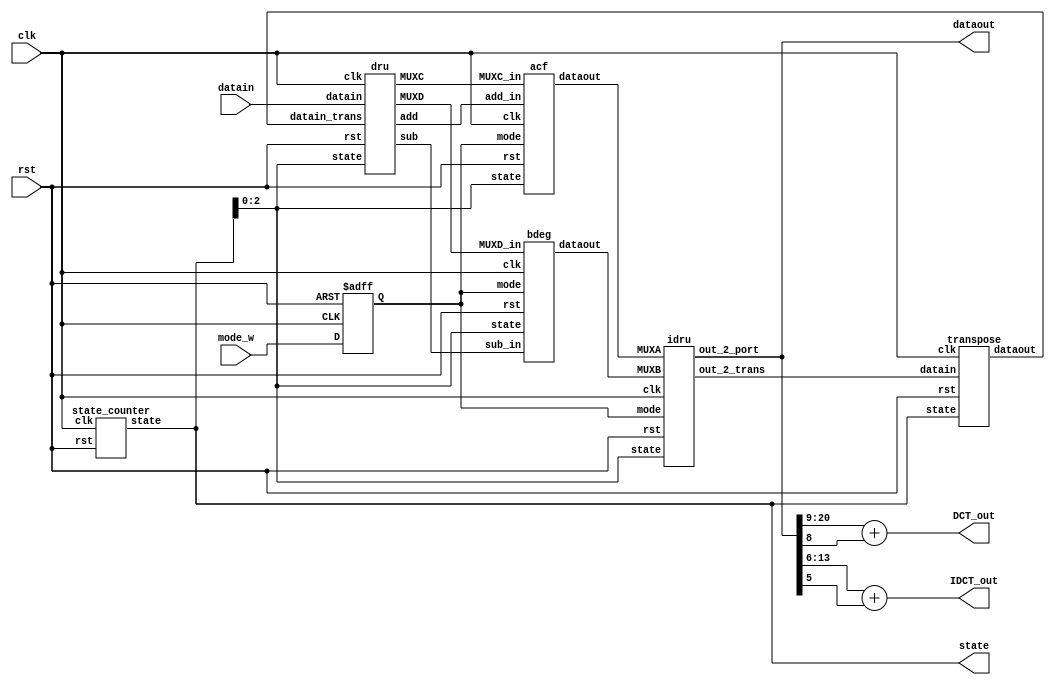
module IG(
	clk,
	rst,
	mode_w,
	datain,
	dataout,
	DCT_out,
	IDCT_out,
	state
);

input clk,rst,mode_w;
input [21:0] datain;
output [21:0] dataout;
output [11:0] DCT_out;
output [7:0] IDCT_out;
output [5:0] state;

wire [5:0] state_trans;     //state counter
wire [21:0] dataout_trans;  //transpose_out
wire [22:0] add_dru,sub_dru,MUXC_dru,MUXD_dru; //dru_out
wire [21:0] acfout,bdegout;  //acf,bdeg_out
wire [21:0] idruout,dataout_temp; //idru_out
reg mode;

assign state=state_trans;
assign dataout=dataout_temp;
assign DCT_out=dataout_temp[20:9]+dataout_temp[8];
assign IDCT_out=dataout_temp[13:6]+dataout_temp[5];


dru mydru(
	datain,
	dataout_trans,
	rst,
	clk,
	state_trans[2:0],
	add_dru,
	sub_dru,
	MUXC_dru,
	MUXD_dru
);
acf myacf(
	MUXC_dru,
	add_dru,
	clk,
	rst,
	mode, //0->dct 1->idct
	state_trans[2:0],
	acfout
);
bdeg mybdeg(
	MUXD_dru,
	sub_dru,
	clk,
	rst,
	mode, //0->dct 1->idct
	state_trans[2:0],
	bdegout
);
idru myidru(
	acfout,
	bdegout,
	rst,
	clk,
	mode, //0->dct 1->idct
	state_trans[2:0],
	idruout,
	dataout_temp
);
transpose mytrans(
	clk,
	rst,
	state_trans,
	idruout,
	dataout_trans
);
state_counter mystate_counter(
	clk,
	rst,
	state_trans
);

always@(posedge clk or negedge rst)begin
	if (!rst)begin
		mode<=0;
	end
	else begin
		mode<=mode_w;
	end
end

endmodule




module state_counter(
	clk,
	rst,
	state
);
input clk,rst;
output [5:0] state;
reg [5:0] state;
wire [5:0] state_w;
assign state_w=state+6'b000001;
always@(posedge clk or negedge rst)begin
	if(!rst)begin
		state<=6'b000000;
	end
	else begin
		state<=state_w;
	end
end
endmodule




module transpose(
	clk,
	rst,
	state,
	datain,
	dataout
);
input clk,rst;
input [5:0] state;
input [21:0] datain;
output [21:0]dataout;
//output [5:0] state;


reg [21:0] dataout;
//reg [5:0] state_w,state_r;
reg mode_in_w,mode_in_r,mode_out_w,mode_out_r;
wire [2:0] index_x_in,index_y_in,index_x_out,index_y_out;
wire [5:0] innum,outnum;
reg [21:0] register_w [7:0][7:0];
reg [21:0] register_r [7:0][7:0];

integer i,j;

//assign state=state_r;
assign innum=state-6'b001011;
assign outnum=state-6'b000011;
assign index_x_in=mode_in_r?innum[5:3]:innum[2:0];
assign index_y_in=mode_in_r?innum[2:0]:innum[5:3];
assign index_x_out=mode_out_r?outnum[5:3]:outnum[2:0];
assign index_y_out=mode_out_r?outnum[2:0]:outnum[5:3];

always@(*)begin
	//state_w=state_r+6'b000001;
	mode_in_w=(state==6'b001011)?!mode_in_r:mode_in_r;
	mode_out_w=(state==6'b000011)?!mode_out_r:mode_out_r;
	for(i=0;i<8;i=i+1)begin
		for(j=0;j<8;j=j+1)begin
			register_w[i][j]=register_r[i][j];
		end
	end
	register_w[index_x_in][index_y_in]=datain;
end
always@ (posedge clk or negedge rst)begin
	if(!rst)begin
		for(i=0;i<8;i=i+1)begin
			for(j=0;j<8;j=j+1)begin
				register_r[i][j]<=22'b0000000000000000000000;
			end
		end
		mode_in_r<=1'b1;
		mode_out_r<=1'b1;
		//state_r<=6'b000000;
		dataout<=22'b0000000000000000000000;
	end
	else begin
		for(i=0;i<8;i=i+1)begin
			for(j=0;j<8;j=j+1)begin
				register_r[i][j]<=register_w[i][j];
			end
		end
		mode_in_r<=mode_in_w;
		mode_out_r<=mode_out_w;
		//state_r<=state_w;
		dataout<=register_r[index_x_out][index_y_out];
	end
end
endmodule

module idru(
	MUXA,
	MUXB,
	rst,
	clk,
	mode, //0->dct 1->idct
	state,
	out_2_trans,
	out_2_port
);
//port
input [21:0] MUXA,MUXB;
input clk,rst,mode;
input [2:0] state;
output [21:0] out_2_trans,out_2_port;
//wire  reg
reg [21:0] out_2_trans,out_2_port;
reg [21:0] temp_w [7:0];
reg [21:0] temp_r [7:0];
wire [21:0] add,sub;
wire [2:0] state_fit;
//assign
assign state_fit=state-3'b011;
assign add=MUXA+MUXB;
assign sub=MUXA-MUXB;
 
//parameter
parameter n0=3'b000;
parameter n1=3'b001;
parameter n2=3'b010;
parameter n3=3'b011;
parameter n4=3'b100;
parameter n5=3'b101;
parameter n6=3'b110;
parameter n7=3'b111;

always@(*)begin
	if(mode)begin
		out_2_trans=(state_fit==3'b000)?temp_w[0]:
						 (state_fit==3'b001)?temp_w[1]:
						 (state_fit==3'b010)?temp_w[2]:
						 (state_fit==3'b011)?temp_w[3]:
						 (state_fit==3'b100)?temp_r[4]:
						 (state_fit==3'b101)?temp_r[5]:
						 (state_fit==3'b110)?temp_r[6]:
						 temp_r[7];
		out_2_port=(state_fit==3'b100)?temp_w[3]:
						(state_fit==3'b101)?temp_w[2]:
						(state_fit==3'b110)?temp_w[1]:
						(state_fit==3'b111)?temp_w[0]:
						(state_fit==3'b000)?temp_r[7]:
						(state_fit==3'b001)?temp_r[6]:
						(state_fit==3'b010)?temp_r[5]:
						temp_r[4];
	end
	else begin
		out_2_trans=(state_fit==3'b000)?temp_w[0]:
						 (state_fit==3'b001)?temp_r[1]:
						 (state_fit==3'b010)?temp_r[2]:
						 (state_fit==3'b011)?temp_r[3]:
						 (state_fit==3'b100)?temp_r[4]:
						 (state_fit==3'b101)?temp_r[5]:
						 (state_fit==3'b110)?temp_r[6]:
						 temp_r[7];
		out_2_port=(state_fit==3'b100)?temp_w[0]:
						(state_fit==3'b101)?temp_r[1]:
						(state_fit==3'b110)?temp_r[2]:
						(state_fit==3'b111)?temp_r[3]:
						(state_fit==3'b000)?temp_r[4]:
						(state_fit==3'b001)?temp_r[5]:
						(state_fit==3'b010)?temp_r[6]:
						temp_r[7];
	end
end
always@(*)begin
	temp_w[0]=temp_r[0];
	temp_w[1]=temp_r[1];
	temp_w[2]=temp_r[2];
	temp_w[3]=temp_r[3];
	temp_w[4]=temp_r[4];
	temp_w[5]=temp_r[5];
	temp_w[6]=temp_r[6];
	temp_w[7]=temp_r[7];
	if(mode)begin
		case(state_fit)
			n0:begin
				temp_w[0]=add;
				temp_w[7]=sub;
			end
			n1:begin
				temp_w[1]=add;
				temp_w[6]=sub;
			end
			n2:begin
				temp_w[2]=add;
				temp_w[5]=sub;
			end
			n3:begin
				temp_w[3]=add;
				temp_w[4]=sub;
			end
			n4:begin
				temp_w[3]=add;
				temp_w[4]=sub;
			end
			n5:begin
				temp_w[2]=add;
				temp_w[5]=sub;
			end
			n6:begin
				temp_w[1]=add;
				temp_w[6]=sub;
			end
			n7:begin
				temp_w[0]=add;
				temp_w[7]=sub;
			end
		endcase
	end
	else begin
		case(state_fit)
			n0:begin
				temp_w[0]=MUXA;
				temp_w[1]=MUXB;
			end
			n1:begin
				temp_w[2]=MUXA;
				temp_w[3]=MUXB;
			end
			n2:begin
				temp_w[4]=MUXA;
				temp_w[5]=MUXB;
			end
			n3:begin
				temp_w[6]=MUXA;
				temp_w[7]=MUXB;
			end
			n4:begin
				temp_w[0]=MUXA;
				temp_w[1]=MUXB;
			end
			n5:begin
				temp_w[2]=MUXA;
				temp_w[3]=MUXB;
			end
			n6:begin
				temp_w[4]=MUXA;
				temp_w[5]=MUXB;
			end
			n7:begin
				temp_w[6]=MUXA;
				temp_w[7]=MUXB;
			end
		endcase
	end
end
always@(posedge clk or negedge rst)begin
	if(!rst)begin
		temp_r[0]<=22'b0000000000000000000000;
		temp_r[1]<=22'b0000000000000000000000;
		temp_r[2]<=22'b0000000000000000000000;
		temp_r[3]<=22'b0000000000000000000000;
		temp_r[4]<=22'b0000000000000000000000;
		temp_r[5]<=22'b0000000000000000000000;
		temp_r[6]<=22'b0000000000000000000000;
		temp_r[7]<=22'b0000000000000000000000;
	end
	else begin
		temp_r[0]<=temp_w[0];
		temp_r[1]<=temp_w[1];
		temp_r[2]<=temp_w[2];
		temp_r[3]<=temp_w[3];
		temp_r[4]<=temp_w[4];
		temp_r[5]<=temp_w[5];
		temp_r[6]<=temp_w[6];
		temp_r[7]<=temp_w[7];
	end
end
endmodule

module dru(
	datain,
	datain_trans,
	rst,
	clk,
	state,
	add,
	sub,
	MUXC,
	MUXD
	//state
);
//port
input [21:0] datain,datain_trans;
input clk,rst;
input [2:0] state;
output [22:0] add,sub;
output [22:0] MUXC,MUXD;
//output [1:0] state;
//wire reg
reg [21:0] datain_r,datain_trans_r;
reg [22:0] add_w,sub_w,add_r,sub_r;
reg [22:0] MUXC_w,MUXD_w,MUXC_r,MUXD_r;
reg [21:0] lifo_w [3:0];
reg [21:0] lifo_r [3:0];
//reg [1:0]state_r,state_w;
wire [2:0] state_fit;
wire [21:0] MUXA,MUXB;
wire [22:0] lifo_out_sign_ext, MUXB_ext;

//assign
assign state_fit=state-1;
assign MUXA=state_fit[2]?datain_trans_r:datain_r;
assign MUXB=state_fit[2]?datain_r:datain_trans_r;
assign lifo_out_sign_ext={lifo_r[3][21],lifo_r[3]};
assign MUXB_ext={MUXB[21],MUXB};
assign add=add_r;
assign sub=sub_r;
assign MUXC=MUXC_r;
assign MUXD=MUXD_r;
//assign state=state_r;

always@(*)begin
	//state_w=state_r+2'b01;
	case(state_fit[1:0])
		2'b00: begin
			lifo_w[0]=MUXA;
			lifo_w[1]=lifo_r[0];
			lifo_w[2]=lifo_r[1];
			lifo_w[3]=lifo_r[2];
		end
		2'b01: begin
			lifo_w[0]=lifo_r[0];
			lifo_w[1]=MUXA;
			lifo_w[2]=lifo_r[1];
			lifo_w[3]=lifo_r[2];
		end
		2'b10: begin
			lifo_w[0]=lifo_r[0];
			lifo_w[1]=lifo_r[1];
			lifo_w[2]=MUXA;
			lifo_w[3]=lifo_r[2];
		end
		2'b11: begin
			lifo_w[0]=lifo_r[0];
			lifo_w[1]=lifo_r[1];
			lifo_w[2]=lifo_r[2];
			lifo_w[3]=MUXA;
		end
	endcase
	MUXC_w=state_fit[0]? {{lifo_r[3][21]},lifo_r[3]}:{{MUXB[21]},MUXB};
	MUXD_w=state_fit[0]? {{MUXB[21]},MUXB}:{{lifo_r[3][21]},lifo_r[3]};
	add_w=lifo_out_sign_ext+MUXB_ext;
	sub_w=lifo_out_sign_ext-MUXB_ext;
end
always@(posedge clk or negedge rst)begin
	if(!rst)begin
		//state_r<=1'b0;
		lifo_r[0]<=22'b0000000000000000000000;
		lifo_r[1]<=22'b0000000000000000000000;
		lifo_r[2]<=22'b0000000000000000000000;
		lifo_r[3]<=22'b0000000000000000000000;
		add_r<=23'b00000000000000000000000;
		sub_r<=23'b00000000000000000000000;
		MUXC_r<=23'b00000000000000000000000;
		MUXD_r<=23'b00000000000000000000000;
		datain_r<=22'b0000000000000000000000;
		datain_trans_r<=22'b0000000000000000000000;
	end
	else begin
		//state_r<=state_w;
		lifo_r[0]<=lifo_w[0];
		lifo_r[1]<=lifo_w[1];
		lifo_r[2]<=lifo_w[2];
		lifo_r[3]<=lifo_w[3];
		add_r<=add_w;
		sub_r<=sub_w;
		MUXC_r<=MUXC_w;
		MUXD_r<=MUXD_w;
		datain_r<=datain;
		datain_trans_r<=datain_trans;
	end
end
endmodule

module acf(
	MUXC_in,
	add_in,
	clk,
	rst,
	mode, //0->dct 1->idct
	state,
	dataout
	//state
);
input [22:0] MUXC_in,add_in;
input clk,rst,mode;
input [2:0] state;
//output [2:0] state;
output [21:0] dataout;
wire [23:0] a,c,f;

acf_mult mymult(
	.rst(rst),
	.clk(clk),
	.mode(mode),
	.add_in(add_in),
	.MUXC_in(MUXC_in),
	.multa(a),
	.multc(c),
	.multf(f)
);

acf_acc myacc(
	.axdata(a),
	.cxdata(c),
	.fxdata(f),
	.clk(clk),
	.rst(rst),
	.mode(mode), //0->dct 1->idct
	.state(state),
	.dataout(dataout)
);
endmodule


module acf_acc(
	axdata,
	cxdata,
	fxdata,
	clk,
	rst,
	mode, //0->dct 1->idct
	state,
	dataout
);
//port
input [23:0] axdata,cxdata,fxdata;
input clk,rst,mode;
input[2:0] state;
output [21:0] dataout;
//reg
wire [2:0] state_fit;
reg [21:0] datastore_w [3:0];
reg [21:0] datastore_r [3:0];
//reg [2:0] state_w,state_r;
reg [23:0] acc0_w,acc0_r,acc1_w,acc1_r, acc2_w,acc2_r, acc3_w,acc3_r;
reg [23:0] acc0_out_temp,acc1_out_temp,acc2_out_temp,acc3_out_temp;

assign state_fit=state-3'b011;
assign dataout=datastore_r[state_fit[1:0]];


always@(*)begin
	//state_w=state_r+3'b001;
	datastore_w[0]=datastore_r[0];
	datastore_w[1]=datastore_r[1];
	datastore_w[2]=datastore_r[2];
	datastore_w[3]=datastore_r[3];
	acc0_out_temp=mode?(acc0_r+axdata):(acc0_r+axdata);
	acc1_out_temp=mode?(acc1_r+axdata):(acc1_r+cxdata);
	acc2_out_temp=mode?(acc2_r+axdata):(acc2_r+axdata);
	acc3_out_temp=mode?(acc3_r+axdata):(acc3_r+fxdata);
	if (mode) begin
		case(state_fit)
			3'b000:begin
				acc0_w=acc0_r+axdata;
				acc1_w=acc1_r-axdata;
				acc2_w=acc2_r-axdata;
				acc3_w=acc3_r+axdata;
			end
			3'b001:begin
				acc0_w=acc0_r+cxdata;
				acc1_w=acc1_r+fxdata;
				acc2_w=acc2_r-fxdata;
				acc3_w=acc3_r-cxdata;
			end
			3'b010:begin
				acc0_w=acc0_r+fxdata;
				acc1_w=acc1_r-cxdata;
				acc2_w=acc2_r+cxdata;
				acc3_w=acc3_r-fxdata;
			end
			3'b011:begin
				acc0_w=24'h00;
				acc1_w=24'h00;
				acc2_w=24'h00;
				acc3_w=24'h00;
				datastore_w[0]=(acc0_out_temp>>>2)+acc0_out_temp[1];
				datastore_w[1]=(acc1_out_temp>>>2)+acc1_out_temp[1];
				datastore_w[2]=(acc2_out_temp>>>2)+acc2_out_temp[1];
				datastore_w[3]=(acc3_out_temp>>>2)+acc3_out_temp[1];
			end
			3'b100:begin
				acc0_w=acc0_r+axdata;
				acc1_w=acc1_r-axdata;
				acc2_w=acc2_r-axdata;
				acc3_w=acc3_r+axdata;
			end
			3'b101:begin
				acc0_w=acc0_r+cxdata;
				acc1_w=acc1_r+fxdata;
				acc2_w=acc2_r-fxdata;
				acc3_w=acc3_r-cxdata;
			end
			3'b110:begin
				acc0_w=acc0_r+fxdata;
				acc1_w=acc1_r-cxdata;
				acc2_w=acc2_r+cxdata;
				acc3_w=acc3_r-fxdata;
			end
			3'b111:begin
				acc0_w=24'h00;
				acc1_w=24'h00;
				acc2_w=24'h00;
				acc3_w=24'h00;
				datastore_w[0]=(acc0_out_temp>>>2)+acc0_out_temp[1];
				datastore_w[1]=(acc1_out_temp>>>2)+acc1_out_temp[1];
				datastore_w[2]=(acc2_out_temp>>>2)+acc2_out_temp[1];
				datastore_w[3]=(acc3_out_temp>>>2)+acc3_out_temp[1];
			end
		endcase
	end
	else begin
		case(state_fit)
			3'b000:begin
				acc0_w=acc0_r+axdata;
				acc1_w=acc1_r-cxdata;
				acc2_w=acc2_r+axdata;
				acc3_w=acc3_r-fxdata;
			end
			3'b001:begin
				acc0_w=acc0_r+axdata;
				acc1_w=acc1_r-fxdata;
				acc2_w=acc2_r-axdata;
				acc3_w=acc3_r+cxdata;
			end
			3'b010:begin
				acc0_w=acc0_r+axdata;
				acc1_w=acc1_r+fxdata;
				acc2_w=acc2_r-axdata;
				acc3_w=acc3_r-cxdata;
			end
			3'b011:begin
				acc0_w=24'h00;
				acc1_w=24'h00;
				acc2_w=24'h00;
				acc3_w=24'h00;
				datastore_w[0]=(acc0_out_temp>>>2)+acc0_out_temp[1];
				datastore_w[1]=(acc1_out_temp>>>2)+acc1_out_temp[1];
				datastore_w[2]=(acc2_out_temp>>>2)+acc2_out_temp[1];
				datastore_w[3]=(acc3_out_temp>>>2)+acc3_out_temp[1];
			end
			3'b100:begin
				acc0_w=acc0_r+axdata;
				acc1_w=acc1_r-cxdata;
				acc2_w=acc2_r+axdata;
				acc3_w=acc3_r-fxdata;
			end
			3'b101:begin
				acc0_w=acc0_r+axdata;
				acc1_w=acc1_r-fxdata;
				acc2_w=acc2_r-axdata;
				acc3_w=acc3_r+cxdata;
			end
			3'b110:begin
				acc0_w=acc0_r+axdata;
				acc1_w=acc1_r+fxdata;
				acc2_w=acc2_r-axdata;
				acc3_w=acc3_r-cxdata;
			end
			3'b111:begin
				acc0_w=24'h00;
				acc1_w=24'h00;
				acc2_w=24'h00;
				acc3_w=24'h00;
				datastore_w[0]=(acc0_out_temp>>>2)+acc0_out_temp[1];
				datastore_w[1]=(acc1_out_temp>>>2)+acc1_out_temp[1];
				datastore_w[2]=(acc2_out_temp>>>2)+acc2_out_temp[1];
				datastore_w[3]=(acc3_out_temp>>>2)+acc3_out_temp[1];
			end
		endcase
	end
end
always@(posedge clk or negedge rst)begin
	if(!rst)begin
		//state_r<=3'b000;
		datastore_r[0]<=22'h00;
		datastore_r[1]<=22'h00;
		datastore_r[2]<=22'h00;
		datastore_r[3]<=22'h00;
		acc0_r<=24'h00;
		acc1_r<=24'h00;
		acc2_r<=24'h00;
		acc3_r<=24'h00;
	end
	else begin
		acc0_r<=acc0_w;
		acc1_r<=acc1_w;
		acc2_r<=acc2_w;
		acc3_r<=acc3_w;
		datastore_r[0]<=datastore_w[0];
		datastore_r[1]<=datastore_w[1];
		datastore_r[2]<=datastore_w[2];
		datastore_r[3]<=datastore_w[3];
	end
end
endmodule


module acf_mult(
	rst,
	clk,
	mode,
	add_in,
	MUXC_in,
	multa,
	multc,
	multf
);
input rst,clk,mode;
input [22:0] add_in,MUXC_in;
output [23:0] multa,multc,multf;
//
wire [22:0] datain;
wire [23:0] temp1,temp2,temp3,temp4,temp5,temp7,temp8,temp9,temp10,temp14;
wire [23:0] multa_w,multc_w,multf_w;
reg [23:0] multa,multc,multf;

//
assign datain=mode?MUXC_in:add_in;
assign temp1={{2{datain[22]}},datain[22:1]};
assign temp2={{3{datain[22]}},datain[22:2]};
assign temp3={{4{datain[22]}},datain[22:3]};
assign temp4={{5{datain[22]}},datain[22:4]};
assign temp5={{6{datain[22]}},datain[22:5]};
assign temp7={{8{datain[22]}},datain[22:7]};
assign temp8={{9{datain[22]}},datain[22:8]};
assign temp9={{10{datain[22]}},datain[22:9]};
assign temp10={{11{datain[22]}},datain[22:10]};
assign temp14={{15{datain[22]}},datain[22:14]};
assign multa_w=temp2+temp4+temp5+temp7+temp9;
assign multc_w=temp1-temp5-temp7+temp10;
assign multf_w=temp3+temp4+temp8-temp14;

always@(posedge clk or negedge rst)begin
	if(!rst)begin
		multa<=24'h00;
		multc<=24'h00;
		multf<=24'h00;
	end
	else begin
		multa<=multa_w;
		multc<=multc_w;
		multf<=multf_w;
	end
end

endmodule

module bdeg(
	MUXD_in,
	sub_in,
	clk,
	rst,
	mode, //0->dct 1->idct
	state,
	dataout
	//state
);
input [22:0] MUXD_in,sub_in;
input clk,rst,mode;
input [2:0] state;
//output [2:0] state;
output [21:0] dataout;

wire [23:0] b,d,e,g;

bdeg_mult mymult(
	.MUXD_in(MUXD_in),
	.sub_in(sub_in),
	.clk(clk),
	.rst(rst),
	.mode(mode),
	.multb(b),
	.multd(d),
	.multe(e),
	.multg(g)
);

bdeg_acc myacc(
	.bxdata(b),
	.dxdata(d),
	.exdata(e),
	.gxdata(g),
	.clk(clk),
	.rst(rst),
	.mode(mode), //0->dct 1->idct
	.state(state),
	.dataout(dataout)
);
endmodule


module bdeg_acc(
	bxdata,
	dxdata,
	exdata,
	gxdata,
	clk,
	rst,
	mode, //0->dct 1->idct
	state,
	dataout
);
//port
input [23:0] bxdata,dxdata,exdata,gxdata;
input clk,rst,mode;
output [21:0] dataout;
input [2:0] state;
//reg
wire [2:0] state_fit;
reg [21:0] datastore_w [3:0];
reg [21:0] datastore_r [3:0];
//reg [2:0] state_w,state_r;
reg [23:0] acc0_w,acc0_r,acc1_w,acc1_r, acc2_w,acc2_r, acc3_w,acc3_r;
reg [23:0] acc0_out_temp,acc1_out_temp,acc2_out_temp,acc3_out_temp;

assign state_fit=state-3'b011;
assign dataout=datastore_r[state_fit[1:0]];

always@(*)begin
	//state_w=state_r+3'b001;
	datastore_w[0]=datastore_r[0];
	datastore_w[1]=datastore_r[1];
	datastore_w[2]=datastore_r[2];
	datastore_w[3]=datastore_r[3];
	acc0_out_temp=mode?(acc0_r+gxdata):(acc0_r+bxdata);
	acc1_out_temp=mode?(acc1_r-exdata):(acc1_r+dxdata);
	acc2_out_temp=mode?(acc2_r+dxdata):(acc2_r+exdata);
	acc3_out_temp=mode?(acc3_r-bxdata):(acc3_r+gxdata);
	if (mode) begin
		case(state_fit)
			3'b000:begin
				acc0_w=acc0_r+dxdata;
				acc1_w=acc1_r-gxdata;
				acc2_w=acc2_r-bxdata;
				acc3_w=acc3_r-exdata;
			end
			3'b001:begin
				acc0_w=acc0_r+exdata;
				acc1_w=acc1_r-bxdata;
				acc2_w=acc2_r+gxdata;
				acc3_w=acc3_r+dxdata;
			end
			3'b010:begin
				acc0_w=acc0_r+bxdata;
				acc1_w=acc1_r+dxdata;
				acc2_w=acc2_r+exdata;
				acc3_w=acc3_r+gxdata;
			end
			3'b011:begin
				acc0_w=24'h00;
				acc1_w=24'h00;
				acc2_w=24'h00;
				acc3_w=24'h00;
				datastore_w[0]=(acc0_out_temp>>>2)+acc0_out_temp[1];
				datastore_w[1]=(acc1_out_temp>>>2)+acc1_out_temp[1];
				datastore_w[2]=(acc2_out_temp>>>2)+acc2_out_temp[1];
				datastore_w[3]=(acc3_out_temp>>>2)+acc3_out_temp[1];
			end
			3'b100:begin
				acc0_w=acc0_r+dxdata;
				acc1_w=acc1_r-gxdata;
				acc2_w=acc2_r-bxdata;
				acc3_w=acc3_r-exdata;
			end
			3'b101:begin
				acc0_w=acc0_r+exdata;
				acc1_w=acc1_r-bxdata;
				acc2_w=acc2_r+gxdata;
				acc3_w=acc3_r+dxdata;
			end
			3'b110:begin
				acc0_w=acc0_r+bxdata;
				acc1_w=acc1_r+dxdata;
				acc2_w=acc2_r+exdata;
				acc3_w=acc3_r+gxdata;
			end
			3'b111:begin
				acc0_w=24'h00;
				acc1_w=24'h00;
				acc2_w=24'h00;
				acc3_w=24'h00;
				datastore_w[0]=(acc0_out_temp>>>2)+acc0_out_temp[1];
				datastore_w[1]=(acc1_out_temp>>>2)+acc1_out_temp[1];
				datastore_w[2]=(acc2_out_temp>>>2)+acc2_out_temp[1];
				datastore_w[3]=(acc3_out_temp>>>2)+acc3_out_temp[1];
			end
		endcase
	end
	else begin
		case(state_fit)
			3'b000:begin
				acc0_w=acc0_r+gxdata;
				acc1_w=acc1_r-exdata;
				acc2_w=acc2_r+dxdata;
				acc3_w=acc3_r-bxdata;
			end
			3'b001:begin
				acc0_w=acc0_r+exdata;
				acc1_w=acc1_r-bxdata;
				acc2_w=acc2_r+gxdata;
				acc3_w=acc3_r+dxdata;
			end
			3'b010:begin
				acc0_w=acc0_r+dxdata;
				acc1_w=acc1_r-gxdata;
				acc2_w=acc2_r-bxdata;
				acc3_w=acc3_r-exdata;
			end
			3'b011:begin
				acc0_w=24'h00;
				acc1_w=24'h00;
				acc2_w=24'h00;
				acc3_w=24'h00;
				datastore_w[0]=(acc0_out_temp>>>2)+acc0_out_temp[1];
				datastore_w[1]=(acc1_out_temp>>>2)+acc1_out_temp[1];
				datastore_w[2]=(acc2_out_temp>>>2)+acc2_out_temp[1];
				datastore_w[3]=(acc3_out_temp>>>2)+acc3_out_temp[1];
			end
			3'b100:begin
				acc0_w=acc0_r+gxdata;
				acc1_w=acc1_r-exdata;
				acc2_w=acc2_r+dxdata;
				acc3_w=acc3_r-bxdata;
			end
			3'b101:begin
				acc0_w=acc0_r+exdata;
				acc1_w=acc1_r-bxdata;
				acc2_w=acc2_r+gxdata;
				acc3_w=acc3_r+dxdata;
			end
			3'b110:begin
				acc0_w=acc0_r+dxdata;
				acc1_w=acc1_r-gxdata;
				acc2_w=acc2_r-bxdata;
				acc3_w=acc3_r-exdata;
			end
			3'b111:begin
				acc0_w=24'h00;
				acc1_w=24'h00;
				acc2_w=24'h00;
				acc3_w=24'h00;
				datastore_w[0]=(acc0_out_temp>>>2)+acc0_out_temp[1];
				datastore_w[1]=(acc1_out_temp>>>2)+acc1_out_temp[1];
				datastore_w[2]=(acc2_out_temp>>>2)+acc2_out_temp[1];
				datastore_w[3]=(acc3_out_temp>>>2)+acc3_out_temp[1];
			end
		endcase
	end
end
always@(posedge clk or negedge rst)begin
	if(!rst)begin
		//state_r<=3'b000;
		datastore_r[0]<=22'h00;
		datastore_r[1]<=22'h00;
		datastore_r[2]<=22'h00;
		datastore_r[3]<=22'h00;
		acc0_r<=24'h00;
		acc1_r<=24'h00;
		acc2_r<=24'h00;
		acc3_r<=24'h00;
	end
	else begin
		acc0_r<=acc0_w;
		acc1_r<=acc1_w;
		acc2_r<=acc2_w;
		acc3_r<=acc3_w;
		datastore_r[0]<=datastore_w[0];
		datastore_r[1]<=datastore_w[1];
		datastore_r[2]<=datastore_w[2];
		datastore_r[3]<=datastore_w[3];
	end
end
endmodule


module bdeg_mult(
	MUXD_in,
	sub_in,
	clk,
	rst,
	mode,
	multb,
	multd,
	multe,
	multg
);
input clk,rst,mode;
input [22:0] MUXD_in,sub_in;
output [23:0] multb,multd,multe,multg;
//
wire [22:0] datain;
wire [23:0] temp1,temp2,temp3,temp4,temp5,temp7,temp8,temp9,temp11,temp12,temp13;
wire [23:0] multb_w,multd_w,multe_w,multg_w;
reg [23:0] multb,multd,multe,multg;

//
assign datain=mode?MUXD_in:sub_in;
assign temp1={{2{datain[22]}},datain[22:1]};
assign temp2={{3{datain[22]}},datain[22:2]};
assign temp3={{4{datain[22]}},datain[22:3]};
assign temp4={{5{datain[22]}},datain[22:4]};
assign temp5={{6{datain[22]}},datain[22:5]};
assign temp7={{8{datain[22]}},datain[22:7]};
assign temp8={{9{datain[22]}},datain[22:8]};
assign temp9={{10{datain[22]}},datain[22:9]};
assign temp11={{12{datain[22]}},datain[22:11]};
assign temp12={{13{datain[22]}},datain[22:12]};
assign temp13={{14{datain[22]}},datain[22:13]};
assign multb_w=temp1-temp7-temp9+temp13;
assign multd_w=temp2+temp3+temp5+temp7+temp9-temp12;
assign multe_w=temp2+temp5-temp8+temp11;
assign multg_w=temp4+temp5+temp8-temp13;

always@(posedge clk or negedge rst)begin
	if(!rst)begin
		multb<=24'h00;
		multd<=24'h00;
		multe<=24'h00;
		multg<=24'h00;
	end
	else begin
		multb<=multb_w;
		multd<=multd_w;
		multe<=multe_w;
		multg<=multg_w;
	end
end
endmodule